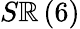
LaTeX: S\mathbb{R}\left(6\right)